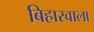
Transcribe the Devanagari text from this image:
बिहारवाला